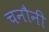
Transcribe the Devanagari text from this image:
चनौनी